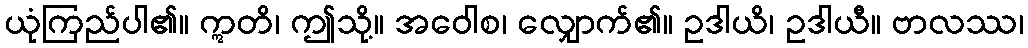
ယုံကြည်ပါ၏။ ဣတိ၊ ဤသို့။ အဝေါစ၊ လျှောက်၏။ ဥဒါယိ၊ ဥဒါယီ။ ဗာလဿ၊